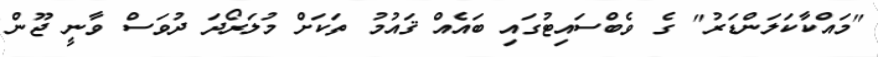
"މައްކާކަލަންޑަރު" ގެ ވެބްސައިޓުގައި ބައެއް ޤައުމު ތަކަށް މުލަރޯދަ ދުވަސް ވާނީ ޖޫން